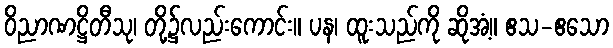
ဝိညာဏဋ္ဌိတီသု၊ တို့၌လည်းကောင်း။ ပန၊ ထူးသည်ကို ဆိုအံ့။ ဧသ-ဧသော